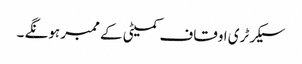
سیکرٹری اوقاف کمیٹی کے ممبر ہونگے ۔